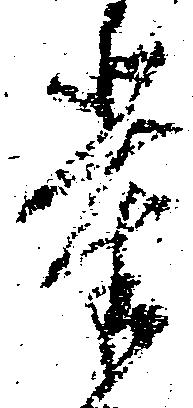
輩